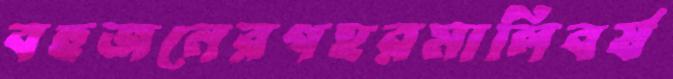
বহুজনেরগহরমালিবর্ষ